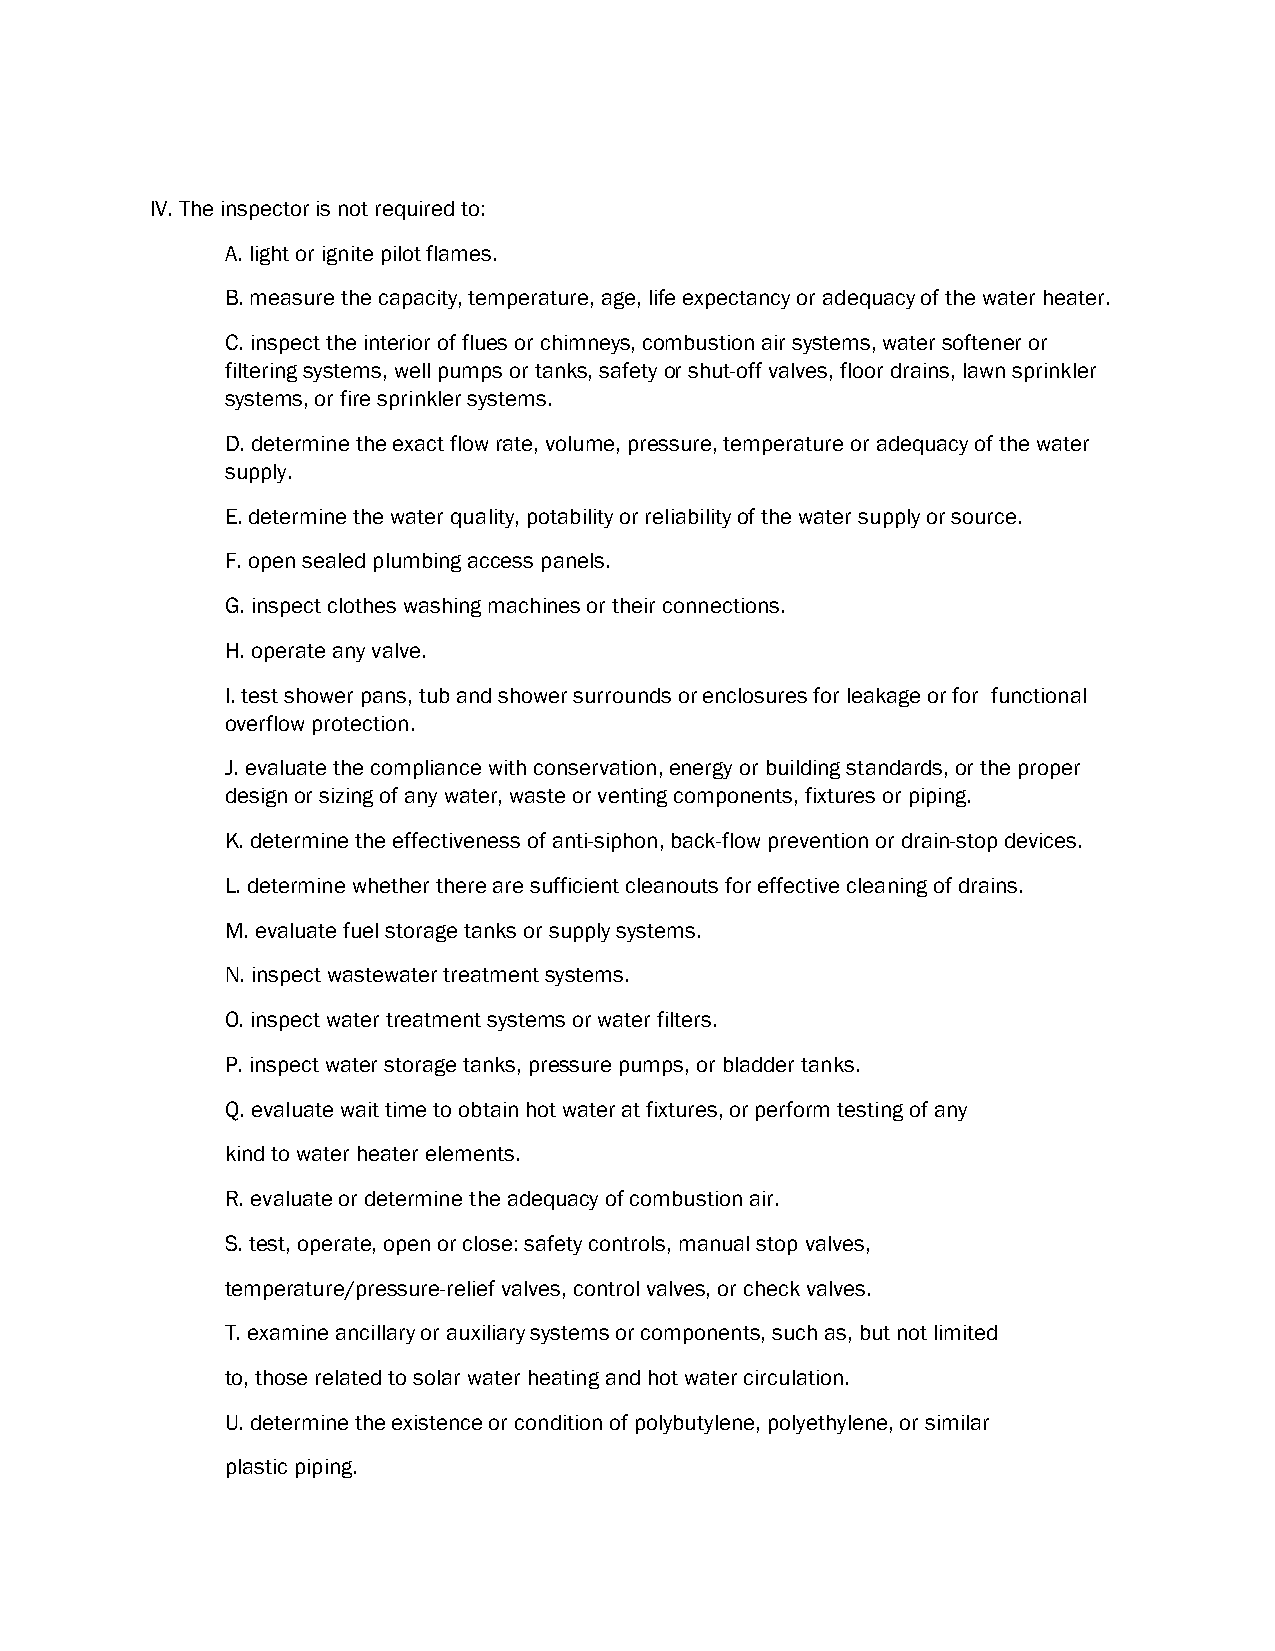
IV. The inspector is not required to:
 A. light or ignite pilot flames.
 B. measure the capacity, temperature, age, life expectancy or adequacy of the water heater.
 C. inspect the interior of flues or chimneys, combustion air systems, water softener or
 filtering systems, well pumps or tanks, safety or shut-off valves, floor drains, lawn sprinkler
 systems, or fire sprinkler systems.
 D. determine the exact flow rate, volume, pressure, temperature or adequacy of the water
 supply.
 E. determine the water quality, potability or reliability of the water supply or source.
 F. open sealed plumbing access panels.
 G. inspect clothes washing machines or their connections.
 H. operate any valve.
 I. test shower pans, tub and shower surrounds or enclosures for leakage or for functional
 overflow protection.
 J. evaluate the compliance with conservation, energy or building standards, or the proper
 design or sizing of any water, waste or venting components, fixtures or piping.
 K. determine the effectiveness of anti-siphon, back-flow prevention or drain-stop devices.
 L. determine whether there are sufficient cleanouts for effective cleaning of drains.
 M. evaluate fuel storage tanks or supply systems.
 N. inspect wastewater treatment systems.
 O. inspect water treatment systems or water filters.
 P. inspect water storage tanks, pressure pumps, or bladder tanks.
 Q. evaluate wait time to obtain hot water at fixtures, or perform testing of any
 kind to water heater elements.
 R. evaluate or determine the adequacy of combustion air.
 S. test, operate, open or close: safety controls, manual stop valves,
 temperature/pressure-relief valves, control valves, or check valves.
 T. examine ancillary or auxiliary systems or components, such as, but not limited
 to, those related to solar water heating and hot water circulation.
 U. determine the existence or condition of polybutylene, polyethylene, or similar
 plastic piping.